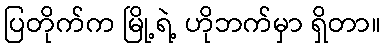
ပြတိုက်က မြို့ရဲ့ ဟိုဘက်မှာ ရှိတာ။